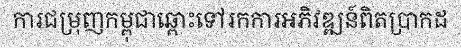
ការជម្រុញកម្ពុជាឆ្ពោះទៅរកការអភិវឌ្ឍន៍ពិតប្រាកដ